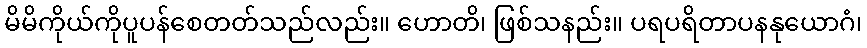
မိမိကိုယ်ကိုပူပန်စေတတ်သည်လည်း။ ဟောတိ၊ ဖြစ်သနည်း။ ပရပရိတာပနနုယောဂံ၊